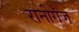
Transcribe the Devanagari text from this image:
रानीगँज